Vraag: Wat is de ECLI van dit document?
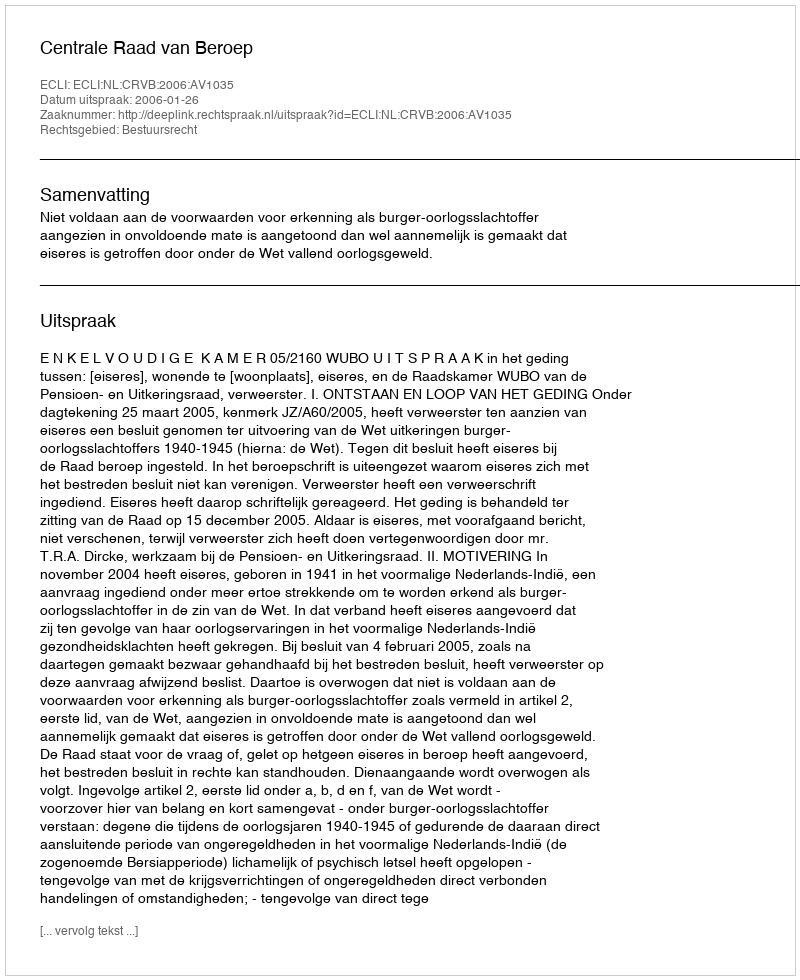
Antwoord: ECLI:NL:CRVB:2006:AV1035